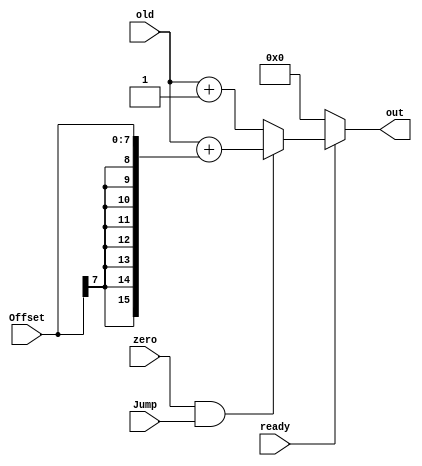
`timescale 1ns / 1ps
//////////////////////////////////////////////////////////////////////////////////
// Company: 
// Engineer: 
// 
// Design Name: 
// Module Name: PC
// Project Name: 
// Target Devices: 
// Tool Versions: 
// Description: 
// 
// Dependencies: 
// 
// Revision:
// Revision 0.01 - File Created
// Additional Comments:
// 
//////////////////////////////////////////////////////////////////////////////////



// next address calculation
module Next_pc (
    input [15:0] old,  // pc_in / old program counter
    input Jump,     // jarurat hai jab jump instruction ho
    input zero,     // jump if R[a] == 0 ho 
    input ready,    // kab suru karna hai
    input [7:0] Offset, // kitna jump karna hai
    output reg [15:0] out  // final next address ?? hoga
);


// next address calculation

always @(zero or Jump or old or ready) begin
    if(ready == 1'b0) begin
        out = 16'b0000000000000000;
    end
    else if(zero == 1'b1 && Jump == 1'b1) begin
        out = old + ({{8{Offset[7]}}, Offset}); // iske liye ek alu/simply ek adder banana hai
    end
    else begin
        out = old + 16'b0000000000000001;
    end
end

endmodule